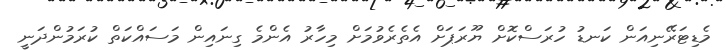
މެޑިޓަރޭނިއަން ކަނޑު ހުރަސްކޮށް ޔޫރަޕަށް އެތެރެވުމަށް މިހާރު އެންމެ ގިނައިން މަސައްކަތް ކުރަމުންދަނީ